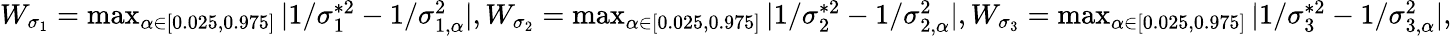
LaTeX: \begin{array}{r}{W_{\sigma_{1}}=\operatorname*{max}_{\alpha\in[0.025,0.975]}|1/\sigma_{1}^{*2}-1/\sigma_{1,\alpha}^{2}|,W_{\sigma_{2}}=\operatorname*{max}_{\alpha\in[0.025,0.975]}|1/\sigma_{2}^{*2}-1/\sigma_{2,\alpha}^{2}|,W_{\sigma_{3}}=\operatorname*{max}_{\alpha\in[0.025,0.975]}|1/\sigma_{3}^{*2}-1/\sigma_{3,\alpha}^{2}|,}\end{array}